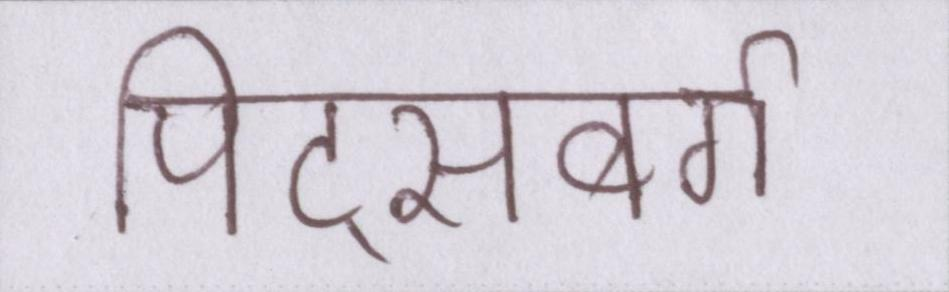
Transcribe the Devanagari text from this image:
पिट्सबर्ग